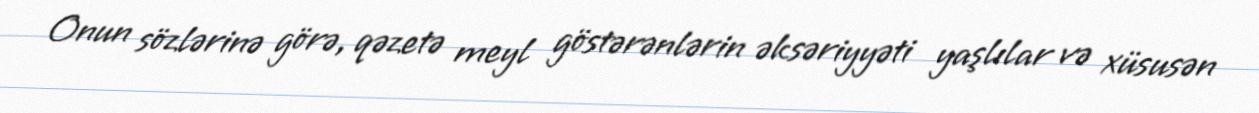
Onun sözlərinə görə, qəzetə meyl göstərənlərin əksəriyyəti yaşlılar və xüsusən